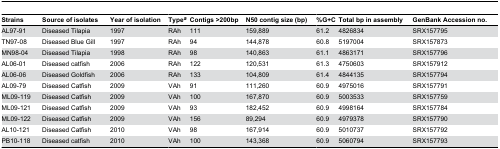
<table><thead><tr><td><b>Strains</b></td><td><b>Source of isolates</b></td><td><b>Year of isolation</b></td><td><b>Type<sup><i>a</i></sup></b></td><td><b>Contigs &gt;200bp</b></td><td><b>N50 contig size (bp)</b></td><td><b>%G+C</b></td><td><b>Total bp in assembly</b></td><td><b>GenBank Accession no.</b></td></tr></thead><tbody><tr><td>AL97-91</td><td>Diseased Tilapia</td><td>1997</td><td>RAh</td><td>111</td><td>159,889</td><td>61.2</td><td>4826834</td><td>SRX157795</td></tr><tr><td>TN97-08</td><td>Diseased Blue Gill</td><td>1997</td><td>RAh</td><td>94</td><td>144,878</td><td>60.8</td><td>5197004</td><td>SRX157873</td></tr><tr><td>MN98-04</td><td>Diseased Tilapia</td><td>1998</td><td>RAh</td><td>98</td><td>140,863</td><td>61.1</td><td>4863171</td><td>SRX157796</td></tr><tr><td>AL06-01</td><td>Diseased catfish</td><td>2006</td><td>RAh</td><td>122</td><td>120,531</td><td>61.3</td><td>4750603</td><td>SRX157912</td></tr><tr><td>AL06-06</td><td>Diseased Goldfish</td><td>2006</td><td>RAh</td><td>133</td><td>104,809</td><td>61.4</td><td>4844135</td><td>SRX157794</td></tr><tr><td>AL09-79</td><td>Diseased Catfish</td><td>2009</td><td>VAh</td><td>91</td><td>111,260</td><td>60.9</td><td>4975016</td><td>SRX157791</td></tr><tr><td>ML09-119</td><td>Diseased Catfish</td><td>2009</td><td>VAh</td><td>100</td><td>167,870</td><td>60.9</td><td>5003533</td><td>SRX157759</td></tr><tr><td>ML09-121</td><td>Diseased Catfish</td><td>2009</td><td>VAh</td><td>93</td><td>182,452</td><td>60.9</td><td>4998164</td><td>SRX157784</td></tr><tr><td>ML09-122</td><td>Diseased Catfish</td><td>2009</td><td>VAh</td><td>156</td><td>89,294</td><td>60.9</td><td>4979378</td><td>SRX157790</td></tr><tr><td>AL10-121</td><td>Diseased Catfish</td><td>2010</td><td>VAh</td><td>98</td><td>167,914</td><td>60.9</td><td>5010737</td><td>SRX157792</td></tr><tr><td>PB10-118</td><td>Diseased catfish</td><td>2010</td><td>VAh</td><td>100</td><td>143,368</td><td>60.9</td><td>5060794</td><td>SRX157793</td></tr></tbody></table>